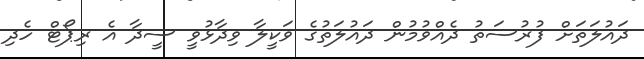
ދައުލަތަށް ފުރުސަތު ދެއްވުމުން ދައުލަތުގެ ވަކީލާ ވިދާޅުވީ ސީދާ އެ ރިޕޯޓް ހެދި